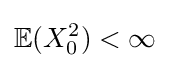
\mathbb {E} (X_{0}^{2})<\infty